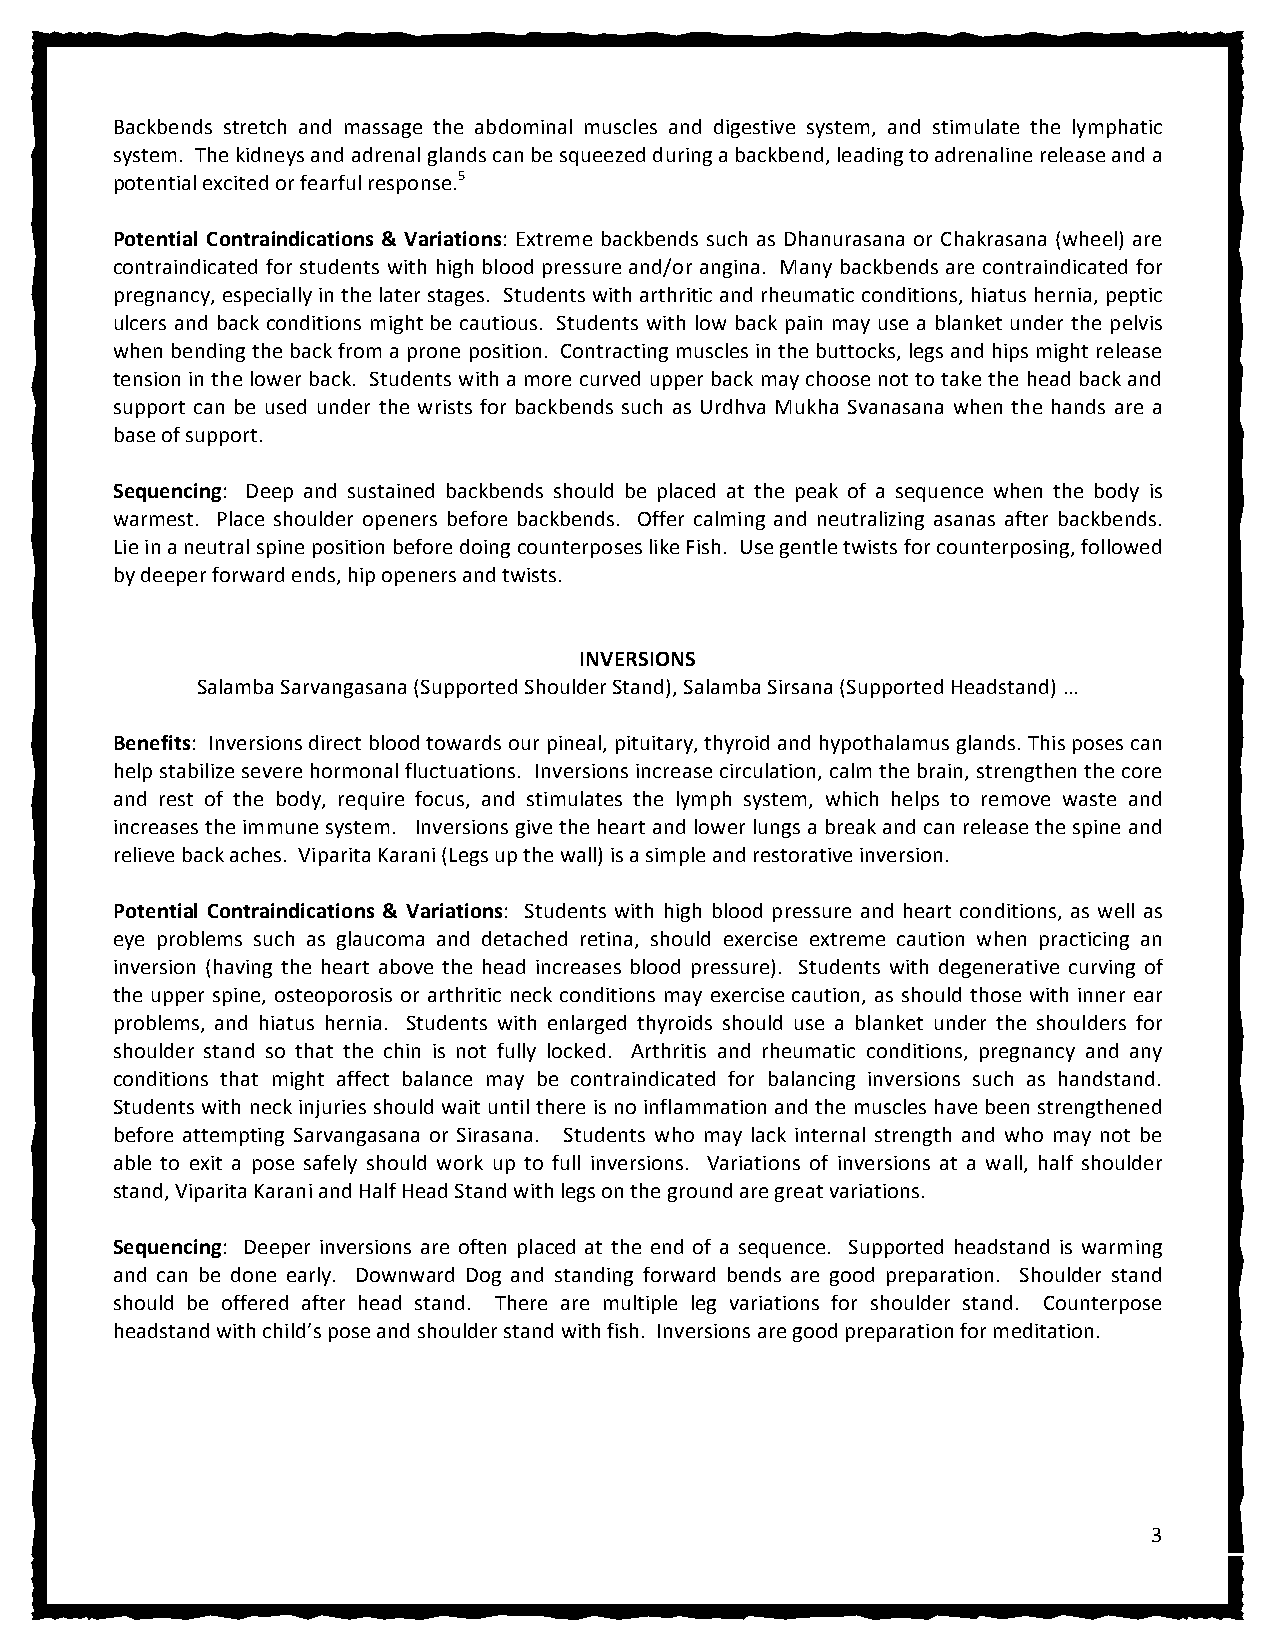
Backbends stretch and massage the abdominal muscles and digestive system, and stimulate the lymphatic
 system. The kidneys and adrenal glands can be squeezed during a backbend, leading to adrenaline release and a
 potential excited or fearful response.5
 Potential Contraindications & Variations: Extreme backbends such as Dhanurasana or Chakrasana (wheel) are
 contraindicated for students with high blood pressure and/or angina. Many backbends are contraindicated for
 pregnancy, especially in the later stages. Students with arthritic and rheumatic conditions, hiatus hernia, peptic
 ulcers and back conditions might be cautious. Students with low back pain may use a blanket under the pelvis
 when bending the back from a prone position. Contracting muscles in the buttocks, legs and hips might release
 tension in the lower back. Students with a more curved upper back may choose not to take the head back and
 support can be used under the wrists for backbends such as Urdhva Mukha Svanasana when the hands are a
 base of support.
 Sequencing: Deep and sustained backbends should be placed at the peak of a sequence when the body is
 warmest. Place shoulder openers before backbends. Offer calming and neutralizing asanas after backbends.
 Lie in a neutral spine position before doing counterposes like Fish. Use gentle twists for counterposing, followed
 by deeper forward ends, hip openers and twists.
 INVERSIONS
 Salamba Sarvangasana (Supported Shoulder Stand), Salamba Sirsana (Supported Headstand) …
 Benefits: Inversions direct blood towards our pineal, pituitary, thyroid and hypothalamus glands. This poses can
 help stabilize severe hormonal fluctuations. Inversions increase circulation, calm the brain, strengthen the core
 and rest of the body, require focus, and stimulates the lymph system, which helps to remove waste and
 increases the immune system. Inversions give the heart and lower lungs a break and can release the spine and
 relieve back aches. Viparita Karani (Legs up the wall) is a simple and restorative inversion.
 Potential Contraindications & Variations: Students with high blood pressure and heart conditions, as well as
 eye problems such as glaucoma and detached retina, should exercise extreme caution when practicing an
 inversion (having the heart above the head increases blood pressure). Students with degenerative curving of
 the upper spine, osteoporosis or arthritic neck conditions may exercise caution, as should those with inner ear
 problems, and hiatus hernia. Students with enlarged thyroids should use a blanket under the shoulders for
 shoulder stand so that the chin is not fully locked. Arthritis and rheumatic conditions, pregnancy and any
 conditions that might affect balance may be contraindicated for balancing inversions such as handstand.
 Students with neck injuries should wait until there is no inflammation and the muscles have been strengthened
 before attempting Sarvangasana or Sirasana. Students who may lack internal strength and who may not be
 able to exit a pose safely should work up to full inversions. Variations of inversions at a wall, half shoulder
 stand, Viparita Karani and Half Head Stand with legs on the ground are great variations.
 Sequencing: Deeper inversions are often placed at the end of a sequence. Supported headstand is warming
 and can be done early. Downward Dog and standing forward bends are good preparation. Shoulder stand
 should be offered after head stand. There are multiple leg variations for shoulder stand. Counterpose
 headstand with child’s pose and shoulder stand with fish. Inversions are good preparation for meditation.
 3